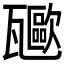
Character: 𤮥